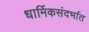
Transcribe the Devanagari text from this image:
धार्मिकसंदर्भात